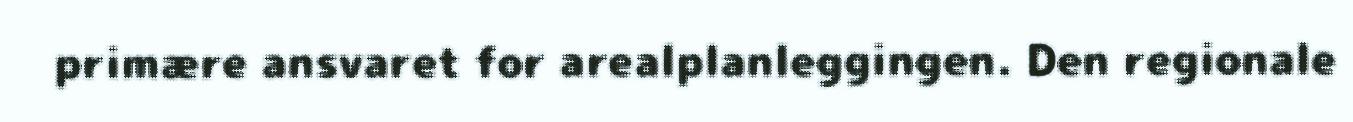
primære ansvaret for arealplanleggingen. Den regionale